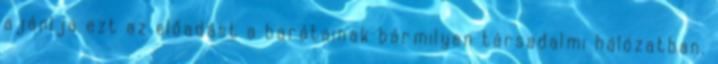
ajánlja ezt az előadást a barátainak bármilyen társadalmi hálózatban.